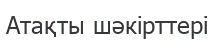
Атақты шәкірттері